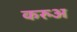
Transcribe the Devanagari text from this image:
करुअ